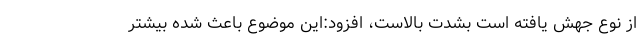
از نوع جهش یافته است بشدت بالاست، افزود:‌این موضوع باعث شده بیشتر